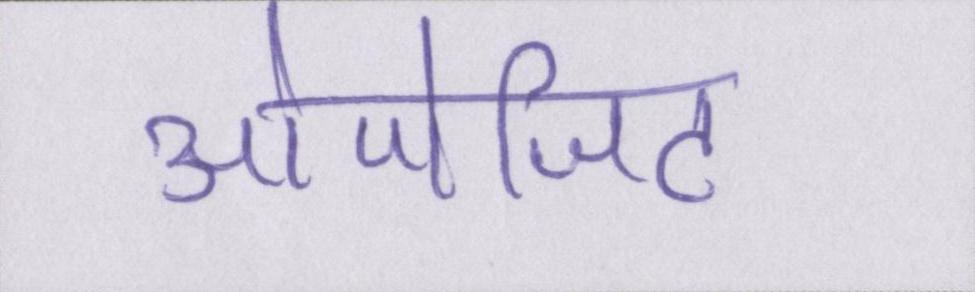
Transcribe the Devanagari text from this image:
ओपोजिट